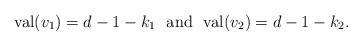
LaTeX: \begin{align*}\textrm{val}(v_1) = d-1-k_1 \ \ \textrm{and} \ \ \textrm{val}(v_2) = d-1-k_2.\end{align*}